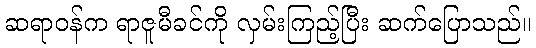
ဆရာဝန်က ရာဇူမီခင်ကို လှမ်းကြည့်ပြီး ဆက်ပြောသည်။